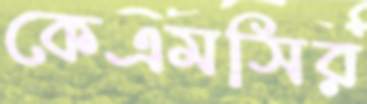
কেএমসির